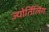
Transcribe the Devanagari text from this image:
ज्योर्तिलिंग